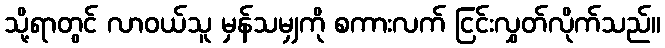
သို့ရာတွင် လာဝယ်သူ မှန်သမျှကို စကားလက် ငြင်းလွှတ်လိုက်သည်။